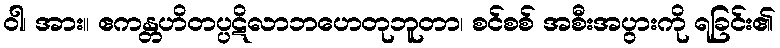
ဝါ၊ အား။ ဧကန္တဟိတပ္ပဋိလာဘဟေတုဘူတာ၊ စင်စစ် အစီးအပွားကို ရခြင်း၏